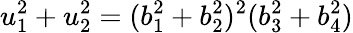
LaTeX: u_{1}^{2}+u_{2}^{2}=(b_{1}^{2}+b_{2}^{2})^{2}(b_{3}^{2}+b_{4}^{2})